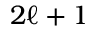
2 \ell + 1